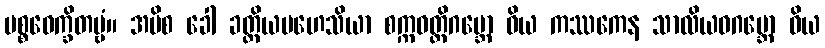
ပစ္စဝေက္ခိတဗ္ဗံ။ အပိစ ခေါ ခတ္တိယမဟေသိယာ စက္ကဝတ္တိဂဗ္ဘော ဝိယ ကဿကေန သာလိယဝဂဗ္ဘော ဝိယ